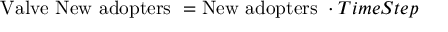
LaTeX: \ { \mathrm { V a l v e ~ N e w ~ a d o p t e r s } } \ = { \mathrm { N e w ~ a d o p t e r s ~ } } \cdot T i m e S t e p